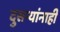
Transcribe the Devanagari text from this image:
दुसर्‍यांनाही